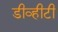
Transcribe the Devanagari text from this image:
डीव्हीटी